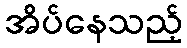
အိပ်နေသည့်